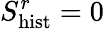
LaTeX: S_{\mathrm{hist}}^{r}=0